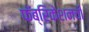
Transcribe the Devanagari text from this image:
फॅब्रिकेशनची